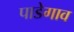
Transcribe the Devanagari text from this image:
पाडेगाव